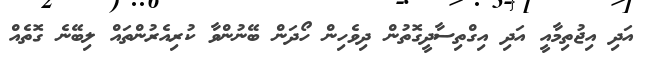
އަދި އިޖުތިމާއީ އަދި އިގްތިސާދީގޮތުން ދިވެހިން ހޯދަން ބޭނުންވާ ކުރިއެރުންތައް ލިބޭނެ ގޮތެއް